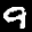
Label: 9